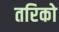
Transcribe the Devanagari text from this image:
तरिको